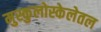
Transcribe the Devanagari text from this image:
मुस्कुलोस्केलेतल